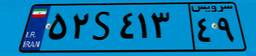
۵۲S۴۱۳۴۹